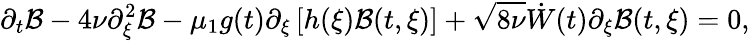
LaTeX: \partial_{t}\mathcal{B}-4\nu\partial_{\xi}^{2}\mathcal{B}-\mu_{1}g(t)\partial_{\xi}\left[h(\xi)\mathcal{B}(t,\xi)\right]+\sqrt{8\nu}\dot{W}(t)\partial_{\xi}\mathcal{B}(t,\xi)=0,